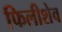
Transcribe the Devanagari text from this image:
फिलीशेव